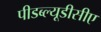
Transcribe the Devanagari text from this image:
पीडब्ल्यूडीसीए